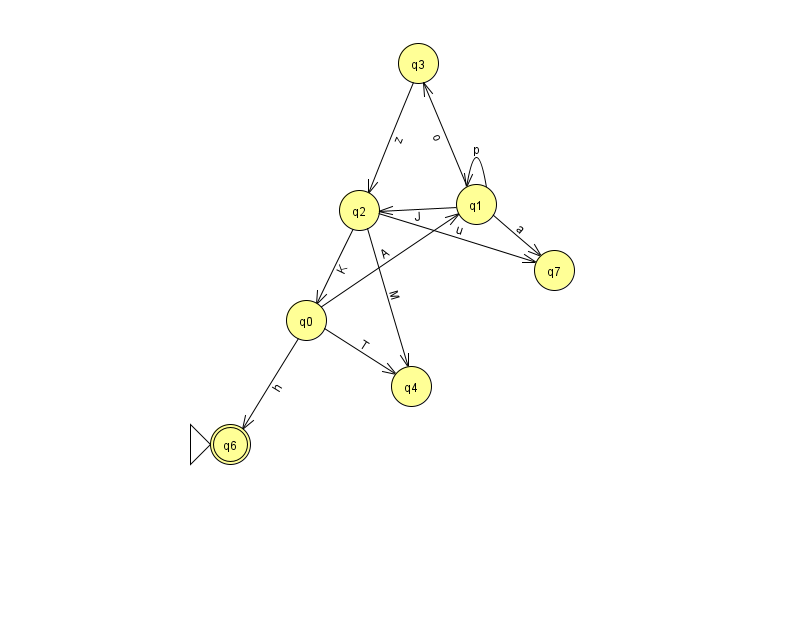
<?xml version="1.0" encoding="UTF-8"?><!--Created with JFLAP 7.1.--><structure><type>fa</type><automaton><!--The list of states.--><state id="0" name="q0"><x>306.0</x><y>307.0</y></state><state id="1" name="q1"><x>476.0</x><y>191.0</y></state><state id="2" name="q2"><x>359.0</x><y>197.0</y></state><state id="3" name="q3"><x>418.0</x><y>50.0</y></state><state id="4" name="q4"><x>411.0</x><y>373.0</y></state><state id="6" name="q6"><x>230.0</x><y>431.0</y><initial/><final/></state><state id="7" name="q7"><x>554.0</x><y>257.0</y></state><!--The list of transitions.--><transition><from>1</from><to>1</to><read>p</read></transition><transition><from>3</from><to>2</to><read>z</read></transition><transition><from>2</from><to>4</to><read>M</read></transition><transition><from>1</from><to>3</to><read>o</read></transition><transition><from>0</from><to>4</to><read>T</read></transition><transition><from>2</from><to>0</to><read>K</read></transition><transition><from>1</from><to>2</to><read>J</read></transition><transition><from>2</from><to>7</to><read>u</read></transition><transition><from>0</from><to>1</to><read>A</read></transition><transition><from>1</from><to>7</to><read>a</read></transition><transition><from>0</from><to>6</to><read>h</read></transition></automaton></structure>